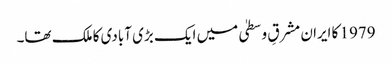
1979 کا ایران مشرقِ وسطیٰ میں ایک بڑی آبادی کا ملک تھا۔